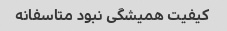
کیفیت همیشگی نبود متاسفانه